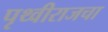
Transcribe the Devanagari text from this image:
पृथ्वीराजचा